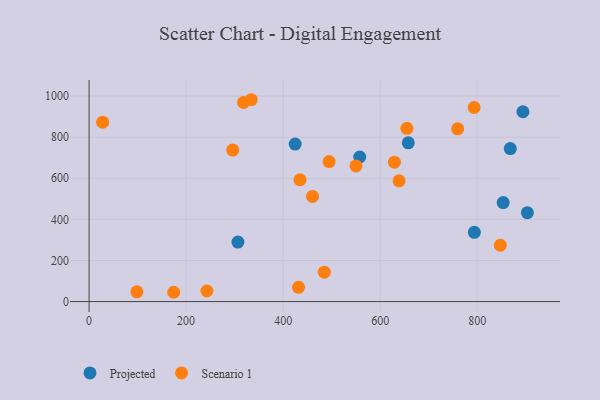
{"axis": {"x": "Speed", "y": "Rating"}, "legend": ["Projected", "Scenario 1"], "data": [{"x": "894.4", "y": 923.8, "type": "Projected"}, {"x": "658.0", "y": 772.6, "type": "Projected"}, {"x": "794.2", "y": 336.9, "type": "Projected"}, {"x": "306.8", "y": 289.5, "type": "Projected"}, {"x": "868.3", "y": 744.5, "type": "Projected"}, {"x": "557.9", "y": 703.6, "type": "Projected"}, {"x": "424.8", "y": 766.4, "type": "Projected"}, {"x": "853.6", "y": 481.8, "type": "Projected"}, {"x": "903.5", "y": 432.4, "type": "Projected"}, {"x": "460.6", "y": 511.7, "type": "Scenario 1"}, {"x": "334.3", "y": 982.2, "type": "Scenario 1"}, {"x": "655.2", "y": 843.0, "type": "Scenario 1"}, {"x": "847.7", "y": 274.2, "type": "Scenario 1"}, {"x": "629.4", "y": 678.3, "type": "Scenario 1"}, {"x": "174.4", "y": 45.3, "type": "Scenario 1"}, {"x": "759.8", "y": 840.7, "type": "Scenario 1"}, {"x": "639.0", "y": 587.5, "type": "Scenario 1"}, {"x": "296.1", "y": 737.0, "type": "Scenario 1"}, {"x": "494.8", "y": 681.2, "type": "Scenario 1"}, {"x": "431.8", "y": 69.5, "type": "Scenario 1"}, {"x": "27.9", "y": 873.0, "type": "Scenario 1"}, {"x": "484.8", "y": 142.9, "type": "Scenario 1"}, {"x": "98.6", "y": 47.3, "type": "Scenario 1"}, {"x": "242.9", "y": 51.4, "type": "Scenario 1"}, {"x": "434.8", "y": 592.7, "type": "Scenario 1"}, {"x": "793.7", "y": 944.4, "type": "Scenario 1"}, {"x": "318.4", "y": 969.3, "type": "Scenario 1"}, {"x": "550.2", "y": 660.1, "type": "Scenario 1"}]}